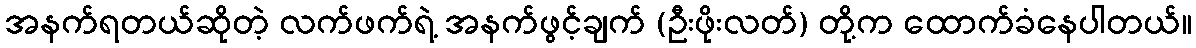
အနက်ရတယ်ဆိုတဲ့ လက်ဖက်ရဲ့ အနက်ဖွင့်ချက် (ဦးဖိုးလတ်) တို့က ထောက်ခံနေပါတယ်။